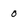
Character: 0